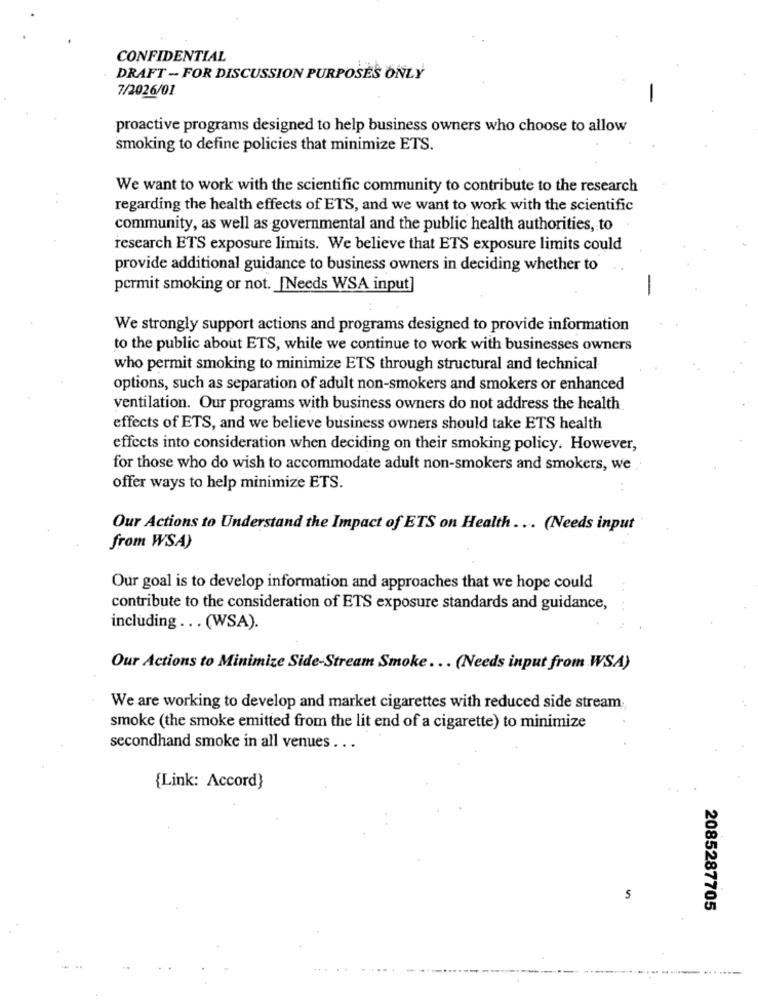
CONFIDENTIAL
DRAFT -- FOR DISCUSSION PURPOSES ONLY
7/2026/01
proactive programs designed to help business owners who choose to allow
smoking to define policies that minimize ETS.
We want to work with the scientific community to contribute to the research
regarding the health effects of ETS, and we want to work with the scientific
community, as well as governmental and the public health authorities, to
research ETS exposure limits. We believe that ETS exposure limits could
provide additional guidance to business owners in deciding whether to
permit smoking or not. [Needs WSA input]
-
We strongly support actions and programs designed to provide information
to the public about ETS, while we continue to work with businesses owners
who permit smoking to minimize ETS through structural and technical
options, such as separation of adult non-smokers and smokers or enhanced
ventilation. Our programs with business owners do not address the health
effects of ETS, and we believe business owners should take ETS health
effects into consideration when deciding on their smoking policy. However,
for those who do wish to accommodate adult non-smokers and smokers, we
offer ways to help minimize ETS.
Our Actions to Understand the Impact of ETS on Health ... (Needs input
from WSA)
Our goal is to develop information and approaches that we hope could
..
contribute to the consideration of ETS exposure standards and guidance,
including ... (WSA).
Our Actions to Minimize Side-Stream Smoke ... (Needs input from WSA)
We are working to develop and market cigarettes with reduced side stream:
smoke (the smoke emitted from the lit end of a cigarette) to minimize
secondhand smoke in all venues .. .
{Link: Accord}
5
2085287705